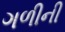
ગળીની